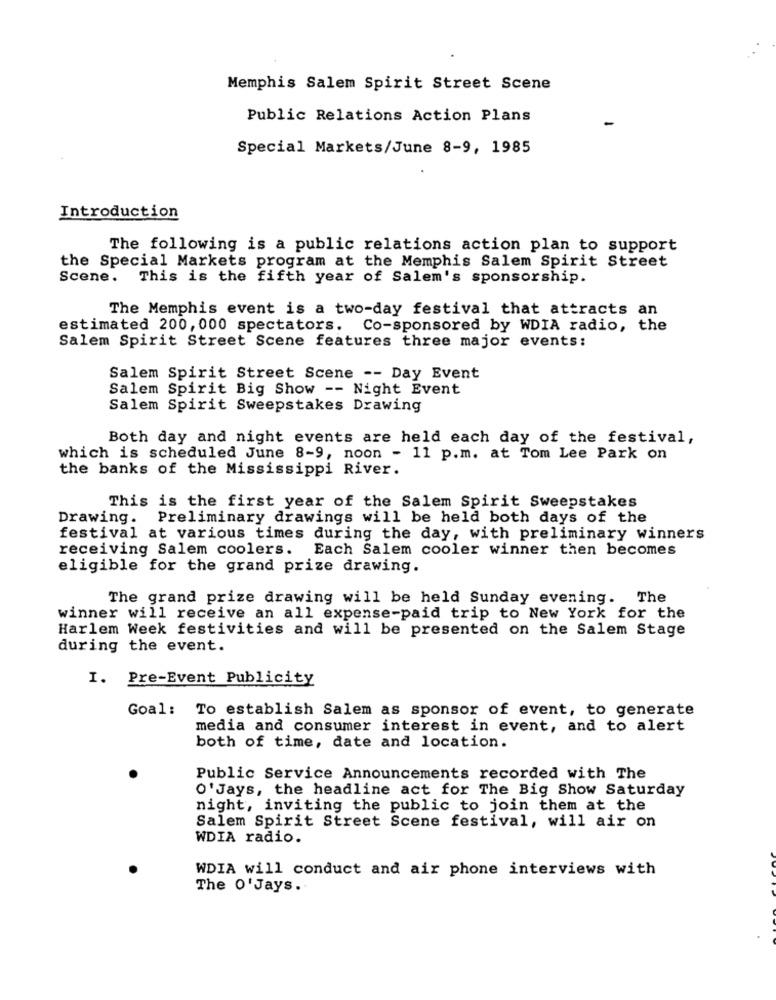
Memphis Salem Spirit Street Scene
Public Relations Action Plans
-
Special Markets/June 8-9, 1985
Introduction
The following is a public relations action plan to support
the Special Markets program at the Memphis Salem Spirit Street
Scene.
This is the fifth year of Salem's sponsorship.
The Memphis event is a two-day festival that attracts an
estimated 200, 000 spectators. Co-sponsored by WDIA radio, the
Salem Spirit Street Scene features three major events:
Salem Spirit Street Scene -- Day Event
Salem Spirit Big Show -- Night Event
Salem Spirit Sweepstakes Drawing
Both day and night events are held each day of the festival,
which is scheduled June 8-9, noon - 11 p.m. at Tom Lee Park on
the banks of the Mississippi River.
This is the first year of the Salem Spirit Sweepstakes
Drawing. Preliminary drawings will be held both days of the
festival at various times during the day, with preliminary winners
receiving Salem coolers. Each Salem cooler winner then becomes
eligible for the grand prize drawing.
The grand prize drawing will be held Sunday evening. The
winner will receive an all expense-paid trip to New York for the
Harlem Week festivities and will be presented on the Salem Stage
during the event.
I. Pre-Event Publicity
Goal: To establish Salem as sponsor of event, to generate
media and consumer interest in event, and to alert
both of time, date and location.
Public Service Announcements recorded with The
O'Jays, the headline act for The Big Show Saturday
night, inviting the public to join them at the
Salem Spirit Street Scene festival, will air on
WDIA radio.
WDIA will conduct and air phone interviews with
The O'Jays.